Medical and sanitary report of the native army of Madras for the year
Year: 1875
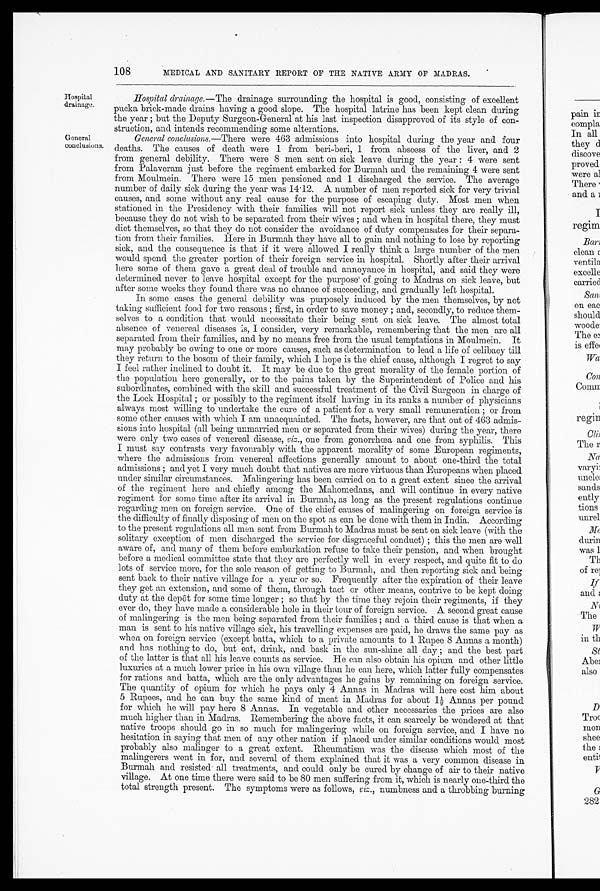
108
MEDICAL AND SANITARY REPORT OF THE NATIVE ARMY OF MADRAS.
Hospital
drainage.
General
conclusions.
Hospital drainage .—The drainage surrounding the hospital is good, consisting of excellent
pucka brick-made drains having a good slope. The hospital latrine has been kept clean during
the year; but the Deputy Surgeon-General at his last inspection disapproved of its style of con
-struction, and intends recommending some alterations.
General conclusions .—There were 463 admissions into hospital during the year and four
deaths. The causes of death were 1 from beri-beri, 1 from abscess of the liver, and 2
from general debility. There were 8 men sent on sick leave during the year : 4 were sent
from Palaveram just before the regiment embarked for Burmah and the remaining 4 were sent
from Moulmein. There were 15 men pensioned and 1 discharged the service. The average
number of daily sick during the year was 14.12. A number of men reported sick for very trivial
causes, and some without any real cause for the purpose of escaping duty. Most men when
stationed in the Presidency with their families will not report sick unless they are really ill,
because they do not wish to be separated from their wives; and when in hospital there, they must
diet themselves, so that they do not consider the avoidance of duty compensates for their separa
-tion from their families. Here in Burmah they have all to gain and nothing to lose by reporting
sick, and the consequence is that if it were allowed I really think a large number of the men
would spend the greater portion of their foreign service in hospital. Shortly after their arrival
here some of them gave a great deal of trouble and annoyance in hospital, and said they were
determined never to leave hospital except for the purpose of going to Madras on sick leave, but
after some weeks they found there was no chance of succeeding, and gradually left hospital.
In some cases the general debility was purposely induced by the men themselves, by not
taking sufficient food for two reasons; first, in order to save money; and, secondly, to reduce them
-selves to a condition that would necessitate their being sent on sick leave. The almost total
absence of venereal diseases is, I consider, very remarkable, remembering that the men are all
separated from their families, and by no means free from the usual temptations in Moulmein. It
may probably be owing to one or more causes, such as determination to lead a life of celibacy till
they return to the bosom of their family, which I hope is the chief cause, although I regret to say
I feel rather inclined to doubt it. It may be due to the great morality of the female portion of
the population here generally, or to the pains taken by the Superintendent of Police and his
subordinates, combined with the skill and successful treatment of the Civil Surgeon in charge of
the Lock Hospital; or possibly to the regiment itself having in its ranks a number of physicians
always most willing to undertake the cure of a patient for a very small remuneration; or from
some other causes with which I am unacquainted. The facts, however, are that out of 463 admis
-sions into hospital (all being unmarried men or separated from their wives) during the year, there
were only two cases of venereal disease, viz ., one from gonorrhœa and one from syphilis. This
I must say contrasts very favourably with the apparent morality of some European regiments,
where the admissions from venereal affections generally amount to about one-third the total
admissions; and yet I very much doubt that natives are more virtuous than Europeans when placed
under similar circumstances. Malingering has been carried on to a great extent since the arrival
of the regiment here and chiefly among the Mahomedans, and will continue in every native
regiment for some time after its arrival in Burmah, as long as the present regulations continue
regarding men on foreign service. One of the chief causes of malingering foreign service is
the difficulty of finally disposing of men on the spot as can be done with them in India. According
to the present regulations all men sent from Burmah to Madras must be sent on sick leave (with the
solitary exception of men discharged the service for disgraceful conduct); this the men are well
aware of, and many of them before embarkation refuse to take their pension, and when brought
before a medical committee state that they are perfectly well in every respect, and quite fit to do
lots of service more, for the sole reason of getting to Burmah, and then reporting sick and being
sent back to their native village for a year or so. Frequently after the expiration of their leave
they get an extension, and some of them, through tact or other means, contrive to be kept doing
duty at the depôt for some time longer; so that by the time they rejoin their regiments, if they
ever do, they have made a considerable hole in their tour of foreign service. A second great cause
of malingering is the men being separated from their families; and a third cause is that when a
man is sent to his native village sick, his travelling expenses are paid, he draws the same pay as
when on foreign service (except batta, which to a private amounts to 1 Rupee 8 Annas a month)
and has nothing to do, but eat, drink, and bask in the sun-shine all clay; and the best part
of the latter is that all his leave counts as service. He can also obtain his opium and other little
luxuries at a much lower price in his own village than he can here, which latter fully compensates
for rations and batta, which are the only advantages he gains by remaining on foreign service.
The quantity of opium for which he pays only 4 Annas in Madras will here cost him about
5 Rupees, and he can buy the same kind of meat in Madras for about 1½ Annas per pound
for which he will pay here 8 Annas. In vegetable and other necessaries the prices are also
much higher than in Madras. Remembering the above facts, it can scarcely be wondered at that
native troops should go in so much for malingering while on foreign service, and I have no
hesitation in saying that men of any other nation if placed under similar conditions would most
probably also malinger to a great extent. Rheumatism was the disease which most of the
malingerers went in for, and several of them explained that it was a very common disease in
Burmah and resisted all treatments, and could only be cured by change of air to their native
village. At one time there were said to be 80 men suffering from it, which is nearly one-third the
total strength present. The symptoms were as follows, viz ., numbness and a throbbing burning